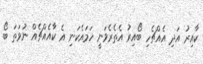
ކާއިރު އަދި އެއްޗެހި ބޯއިރު އެތެރެވަނީ ހަމައެކަނި އެ ކާއެއްޗެއް ނުވަތަ ބޯ